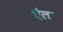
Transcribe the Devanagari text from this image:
ऎंल